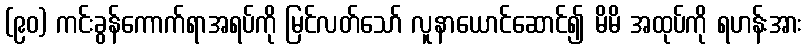
(၉၀) ကင်းခွန်ကောက်ရာအရပ်ကို မြင်လတ်သော် လူနာယောင်ဆောင်၍ မိမိ အထုပ်ကို ရဟန်းအား